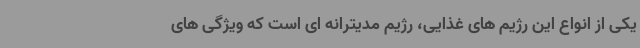
یکی از انواع این رژیم های غذایی، رژیم مدیترانه ای است که ویژگی های